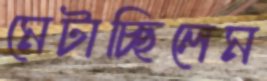
মেটাচ্ছিলেম